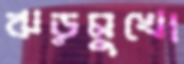
ঝড়মুখো